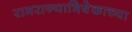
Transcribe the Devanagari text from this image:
रामराज्याभिषेकाच्या